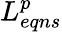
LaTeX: L_{eqns}^{p}